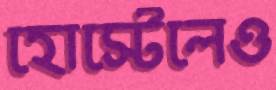
হোস্টেলেও